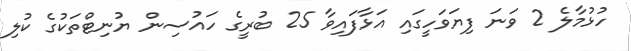
ހުޅުމާލެ 2 ވަނަ ފިޔަވަހީގައި އަޅާފައިވާ 25 ބުރީގެ ހައުސިން ޔުނިޓްތަކުގެ ކުލި